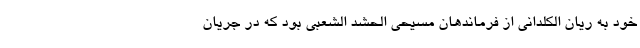
خود به ریان الکلدانی از فرماندهان مسیحی الحشد الشعبی بود که در جریان